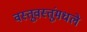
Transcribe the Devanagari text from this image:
वस्तूवस्तूंमधले